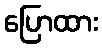
ပြောထား